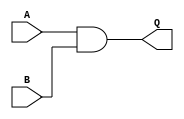
module RELAY (input A, input B, output Q);
assign Q = A & B; 
endmodule